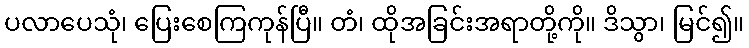
ပလာပေသုံ၊ ပြေးစေကြကုန်ပြီ။ တံ၊ ထိုအခြင်းအရာတို့ကို။ ဒိသွာ၊ မြင်၍။